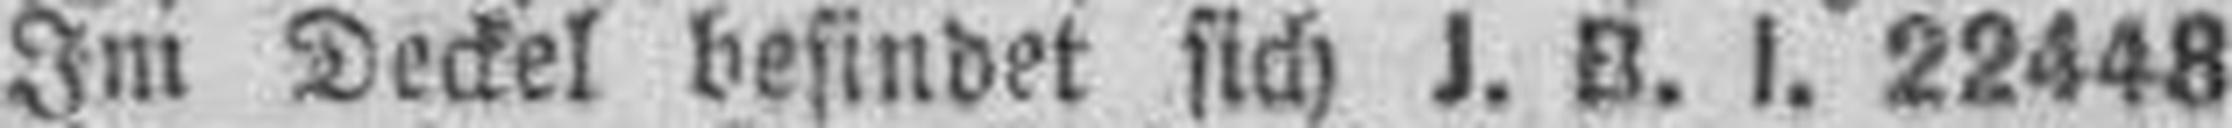
Im Deckel befindet sich J. B. I. 22448